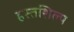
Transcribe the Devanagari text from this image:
हस्तशिल्‍प